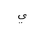
Letter: _ya